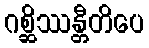
ဂစ္ဆိဿန္တီတိပေ